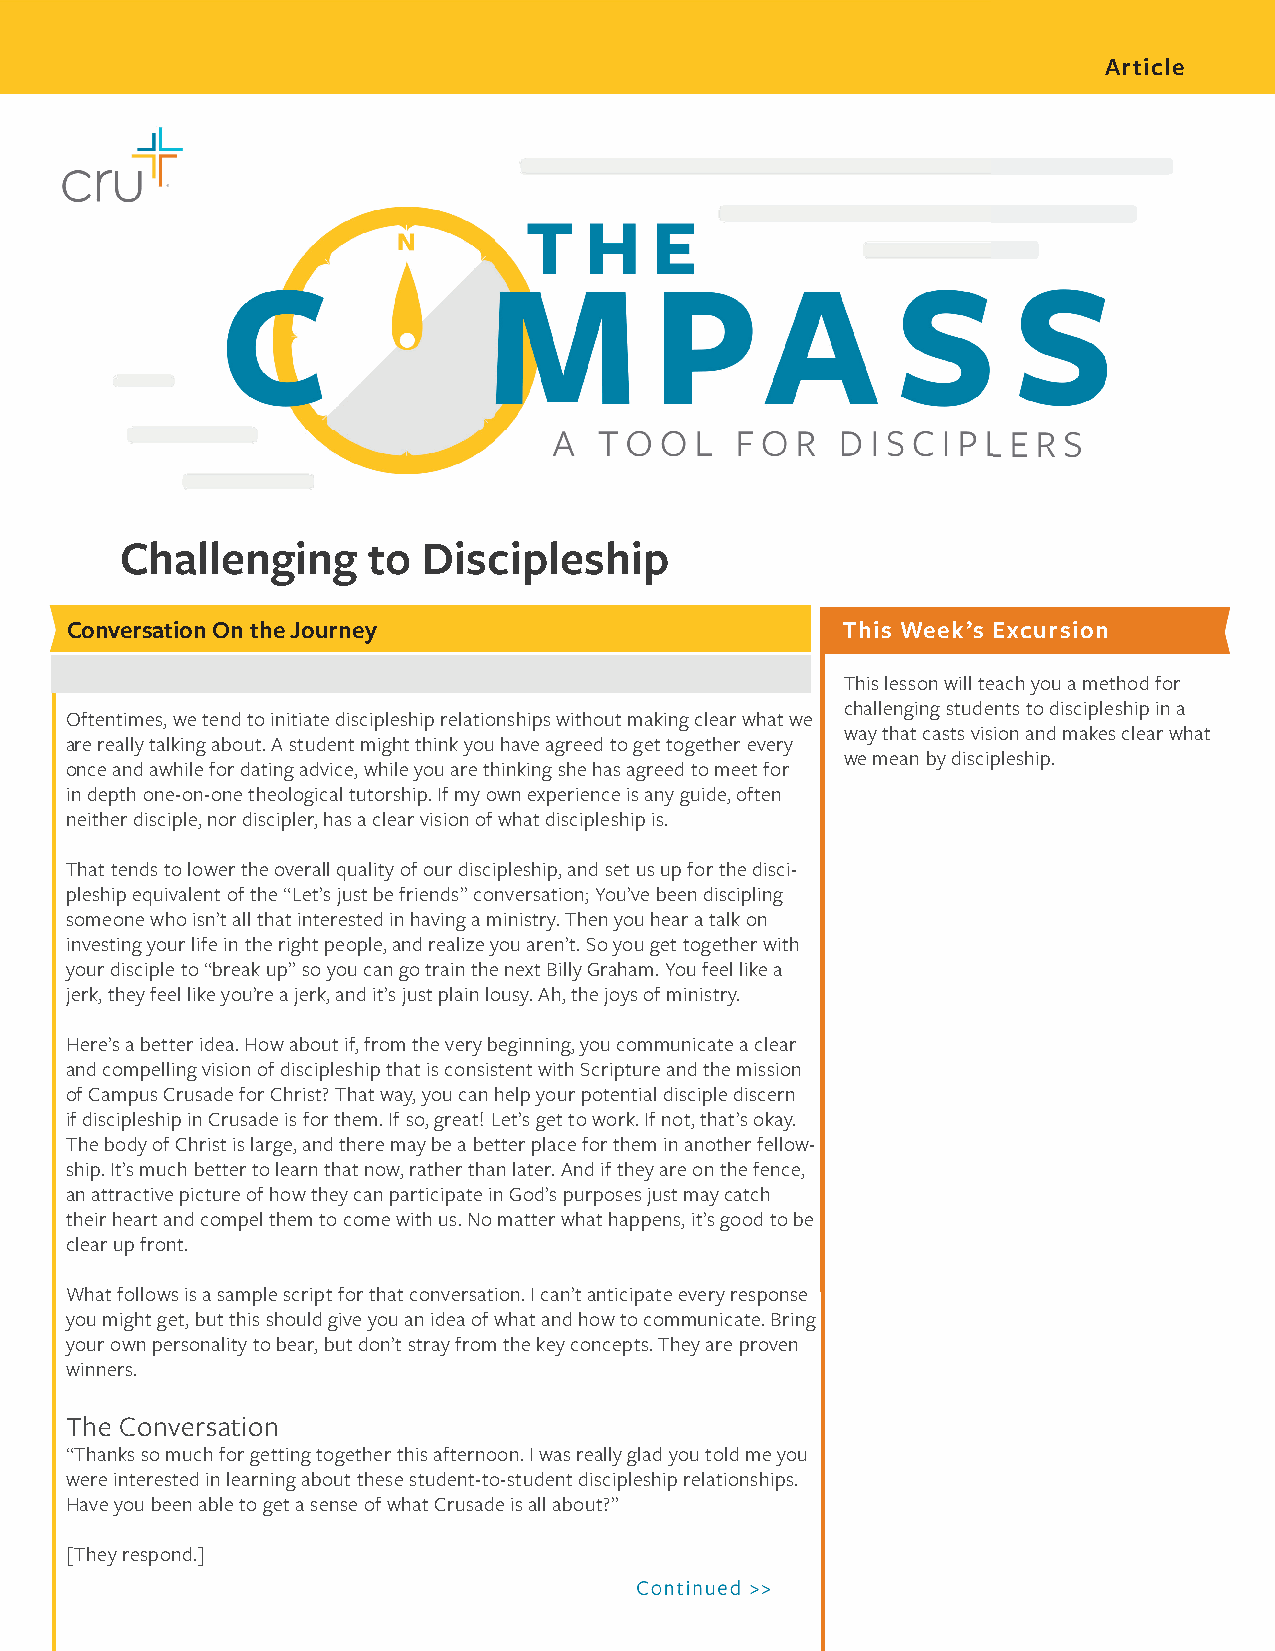
Article
 Challenging     to  Discipleship
 Conversation On the Journey                         This Week’s Excursion
 This lesson will teach you a method for
 challenging students to discipleship in a
 Oftentimes, we tend to initiate discipleship relationships without making clear what we
 way that casts vision and makes clear what
 are really talking about. A student might think you have agreed to get together every
 we mean by discipleship.
 once and awhile for dating advice, while you are thinking she has agreed to meet for
 in depth one-on-one theological tutorship. If my own experience is any guide, often
 neither disciple, nor discipler, has a clear vision of what discipleship is.
 That tends to lower the overall quality of our discipleship, and set us up for the disci-
 pleship equivalent of the “Let’s just be friends” conversation; You’ve been discipling
 someone who isn’t all that interested in having a ministry. Then you hear a talk on
 investing your life in the right people, and realize you aren’t. So you get together with
 your disciple to “break up” so you can go train the next Billy Graham. You feel like a
 jerk, they feel like you’re a jerk, and it’s just plain lousy. Ah, the joys of ministry.
 Here’s a better idea. How about if, from the very beginning, you communicate a clear Next Steps
 and compelling vision of discipleship that is consistent with Scripture and the mission
 of Campus Crusade for Christ? That way, you can help your potential disciple discern
 if discipleship in Crusade is for them. If so, great! Let’s get to work. If not, that’s okay.
 The body of Christ is large, and there may be a better place for them in another fellow-
 ship. It’s much better to learn that now, rather than later. And if they are on the fence,
 an attractive picture of how they can participate in God’s purposes just may catch
 their heart and compel them to come with us. No matter what happens, it’s good to be
 clear up front.
 What follows is a sample script for that conversation. I can’t anticipate every response
 you might get, but this should give you an idea of what and how to communicate. Bring
 your own personality to bear, but don’t stray from the key concepts. They are proven
 winners.
 The Conversation
 “Thanks so much for getting together this afternoon. I was really glad you told me you
 were interested in learning about these student-to-student discipleship relationships.
 Have you been able to get a sense of what Crusade is all about?”
 [They respond.]